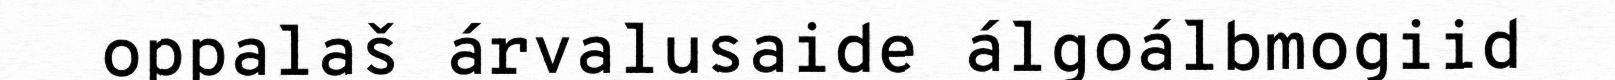
oppalaš árvalusaide álgoálbmogiid